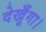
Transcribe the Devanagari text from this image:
देखूँगा।